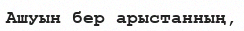
Ашуын бер арыстанның,